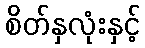
စိတ်နှလုံးနှင့်